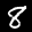
Label: 8